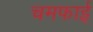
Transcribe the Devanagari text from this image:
चमफाई